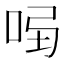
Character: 𠱣